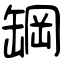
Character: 罁